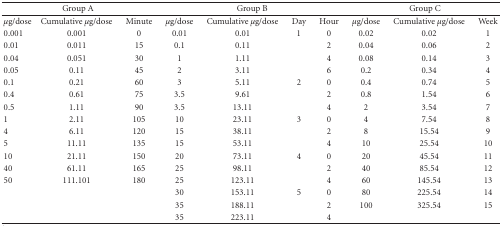
<table><thead><tr><td colspan="3"><b>Group A</b></td><td colspan="4"><b>Group B</b></td><td colspan="3"><b>Group C</b></td></tr></thead><tbody><tr><td><i>μ</i>g/dose</td><td>Cumulative <i>μ</i>g/dose</td><td>Minute</td><td><i>μ</i>g/dose</td><td>Cumulative <i>μ</i>g/dose</td><td>Day</td><td>Hour</td><td><i>μ</i>g/dose</td><td>Cumulative <i>μ</i>g/dose</td><td>Week</td></tr><tr><td>0.001</td><td>0.001</td><td>0</td><td>0.01</td><td>0.01</td><td>1</td><td>0</td><td>0.02</td><td>0.02</td><td>1</td></tr><tr><td>0.01</td><td>0.011</td><td>15</td><td>0.1</td><td>0.11</td><td></td><td>2</td><td>0.04</td><td>0.06</td><td>2</td></tr><tr><td>0.04</td><td>0.051</td><td>30</td><td>1</td><td>1.11</td><td></td><td>4</td><td>0.08</td><td>0.14</td><td>3</td></tr><tr><td>0.05</td><td>0.11</td><td>45</td><td>2</td><td>3.11</td><td></td><td>6</td><td>0.2</td><td>0.34</td><td>4</td></tr><tr><td>0.1</td><td>0.21</td><td>60</td><td>3</td><td>5.11</td><td>2</td><td>0</td><td>0.4</td><td>0.74</td><td>5</td></tr><tr><td>0.4</td><td>0.61</td><td>75</td><td>3.5</td><td>9.61</td><td></td><td>2</td><td>0.8</td><td>1.54</td><td>6</td></tr><tr><td>0.5</td><td>1.11</td><td>90</td><td>3.5</td><td>13.11</td><td></td><td>4</td><td>2</td><td>3.54</td><td>7</td></tr><tr><td>1</td><td>2.11</td><td>105</td><td>10</td><td>23.11</td><td>3</td><td>0</td><td>4</td><td>7.54</td><td>8</td></tr><tr><td>4</td><td>6.11</td><td>120</td><td>15</td><td>38.11</td><td></td><td>2</td><td>8</td><td>15.54</td><td>9</td></tr><tr><td>5</td><td>11.11</td><td>135</td><td>15</td><td>53.11</td><td></td><td>4</td><td>10</td><td>25.54</td><td>10</td></tr><tr><td>10</td><td>21.11</td><td>150</td><td>20</td><td>73.11</td><td>4</td><td>0</td><td>20</td><td>45.54</td><td>11</td></tr><tr><td>40</td><td>61.11</td><td>165</td><td>25</td><td>98.11</td><td></td><td>2</td><td>40</td><td>85.54</td><td>12</td></tr><tr><td>50</td><td>111.101</td><td>180</td><td>25</td><td>123.11</td><td></td><td>4</td><td>60</td><td>145.54</td><td>13</td></tr><tr><td></td><td></td><td></td><td>30</td><td>153.11</td><td>5</td><td>0</td><td>80</td><td>225.54</td><td>14</td></tr><tr><td></td><td></td><td></td><td>35</td><td>188.11</td><td></td><td>2</td><td>100</td><td>325.54</td><td>15</td></tr><tr><td></td><td></td><td></td><td>35</td><td>223.11</td><td></td><td>4</td><td></td><td></td><td></td></tr></tbody></table>